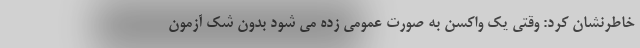
خاطرنشان کرد: وقتی یک واکسن به صورت عمومی زده می شود بدون شک آزمون